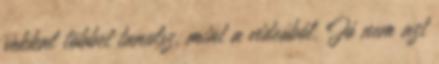
sokkal többet tanulsz, mint a videóból. Jó nem azt